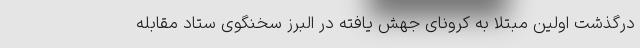
درگذشت اولین مبتلا به کرونای جهش یافته در البرز سخنگوی ستاد مقابله